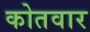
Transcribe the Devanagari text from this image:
कोतवार